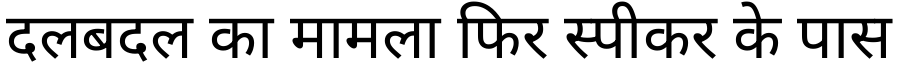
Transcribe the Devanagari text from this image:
दलबदल का मामला फिर स्पीकर के पास